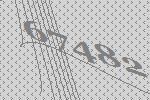
67482